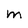
Character: m